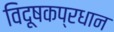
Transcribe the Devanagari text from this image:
विदूषकप्रधान